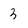
Character: 3